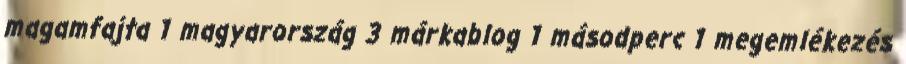
magamfajta 1 magyarország 3 márkablog 1 másodperc 1 megemlékezés